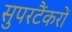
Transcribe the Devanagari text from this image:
सुपरटैंकरों